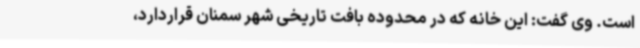
است. وی گفت: این خانه که در محدوده بافت تاریخی شهر سمنان قراردارد،